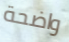
واضحة